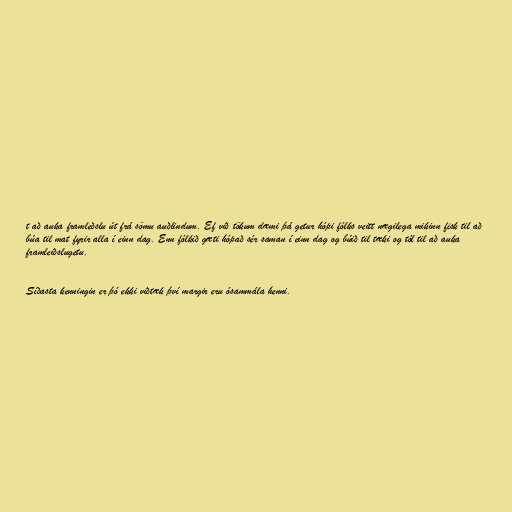
t að auka framleðslu út frá sömu auðlindum. Ef við tökum dæmi þá getur hópi fólks veitt nægilega mikinn fisk til að
búa til mat fyrir alla í einn dag. Enn fólkið gæti hópað sér saman í einn dag og búið til tæki og tól til að auka
framleiðslugetu.

Síðasta kenningin er þó ekki viðtæk því margir eru ósammála henni.